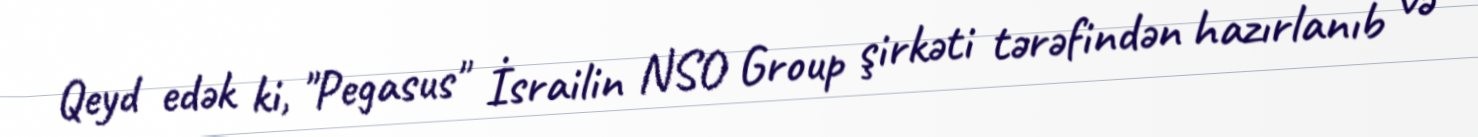
Qeyd edək ki, "Pegasus" İsrailin NSO Group şirkəti tərəfindən hazırlanıb və